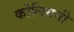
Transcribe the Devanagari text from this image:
कोलिग्रनी